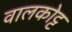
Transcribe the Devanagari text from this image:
वालकोट्ट